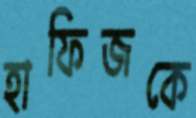
হাফিজকে